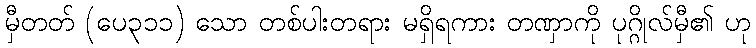
မှီတတ် (ပေ၃၁၁) သော တစ်ပါးတရား မရှိရကား တဏှာကို ပုဂ္ဂိုလ်မှီ၏ ဟု